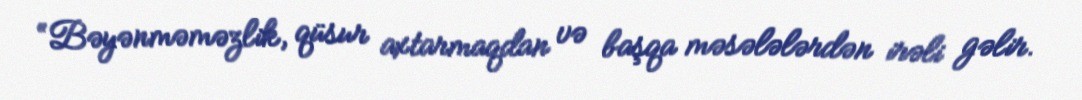
“Bəyənməməzlik, qüsur axtarmaqdan və başqa məsələlərdən irəli gəlir.